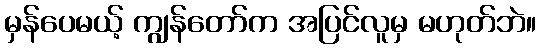
မှန်ပေမယ့် ကျွန်တော်က အပြင်လူမှ မဟုတ်ဘဲ။